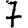
Digit: 7